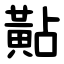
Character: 黇